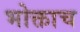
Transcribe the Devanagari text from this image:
भोक्ताच